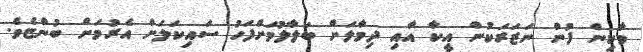
މާކިން ފުން ނަޒަރަކުން އީކާ އާއި ދިމާލަށް ބަލާލުމަށްފަހު ސައިކަލަށް އެރުމަށް ބުންޏެވެ.